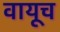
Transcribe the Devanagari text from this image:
वायूच